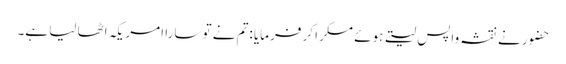
حضور نے نقشہ واپس لیتے ہوئے مسکرا کر فرمایا :تم نے تو سارا امریکہ اٹھا لیا ہے۔